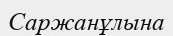
Саржанұлына